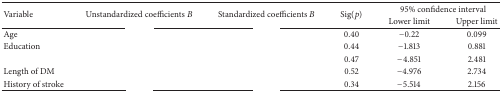
<table><thead><tr><td rowspan="2"><b>Variable</b></td><td rowspan="2"><b>Unstandardized coefficients <i>B</i></b></td><td rowspan="2"><b>Standardized coefficients <i>B</i></b></td><td rowspan="2"><b>Sig⁡(<i>p</i>)</b></td><td colspan="2"><b>95% confidence interval</b></td></tr><tr><td><b>Lower limit</b></td><td><b>Upper limit</b></td></tr></thead><tbody><tr><td>Age</td><td>[EMPTY_CELL]</td><td>[EMPTY_CELL]</td><td>0.40</td><td>−0.22</td><td>0.099</td></tr><tr><td>Education</td><td>[EMPTY_CELL]</td><td>[EMPTY_CELL]</td><td>0.44</td><td>−1.813</td><td>0.881</td></tr><tr><td>[EMPTY_CELL]</td><td>[EMPTY_CELL]</td><td>[EMPTY_CELL]</td><td>0.47</td><td>−4.851</td><td>2.481</td></tr><tr><td>Length of DM</td><td>[EMPTY_CELL]</td><td>[EMPTY_CELL]</td><td>0.52</td><td>−4.976</td><td>2.734</td></tr><tr><td>History of stroke</td><td>[EMPTY_CELL]</td><td>[EMPTY_CELL]</td><td>0.34</td><td>−5.514</td><td>2.156</td></tr></tbody></table>